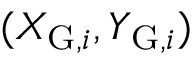
( X _ { \mathrm { G } , i } , Y _ { \mathrm { G } , i } )